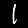
Digit: 1